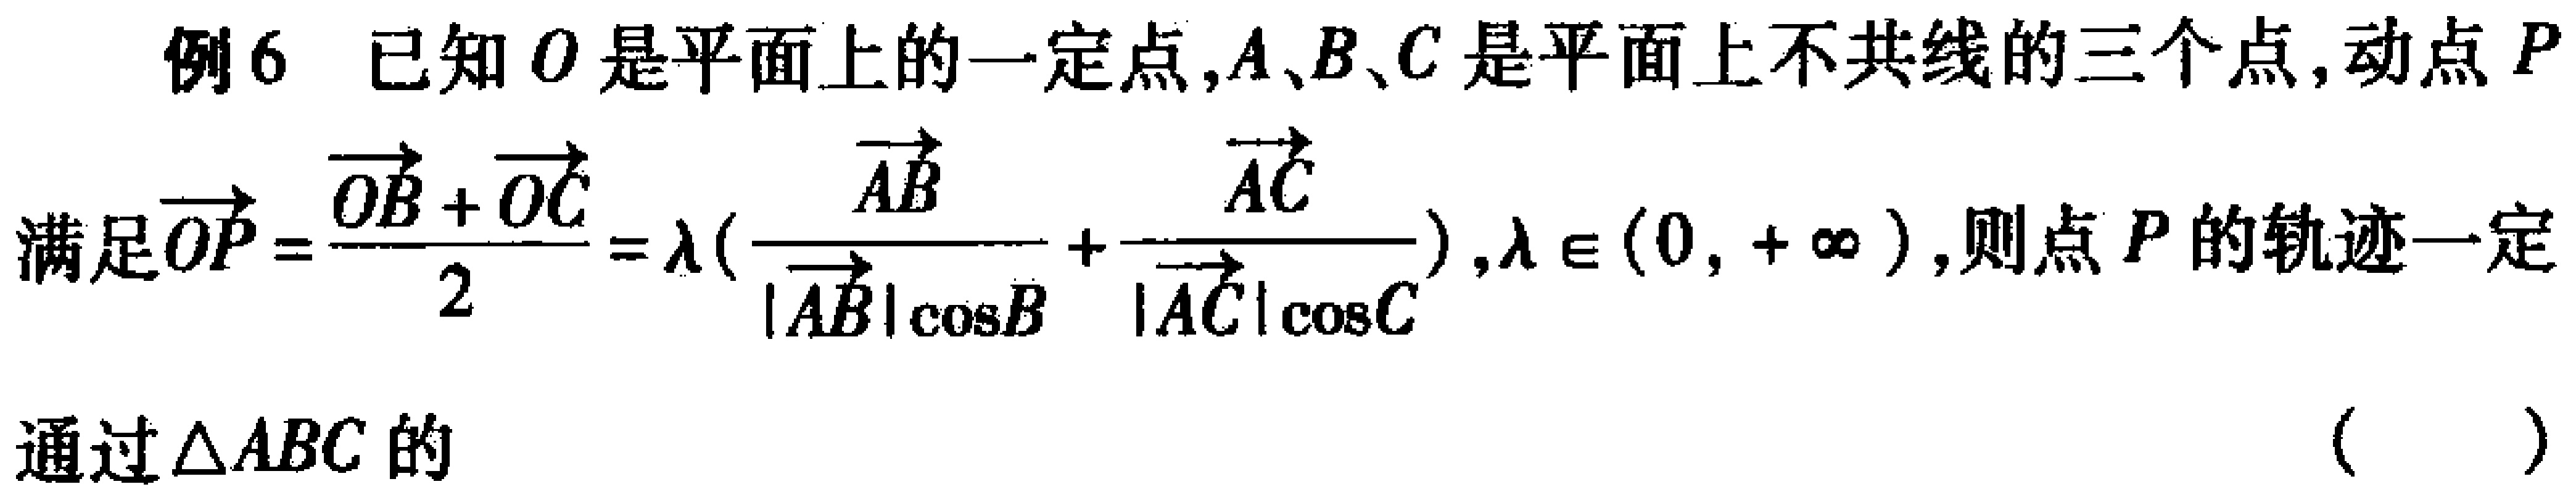
例6 已知\(O\)是平面上的一定点,\(A、B、C\)是平面上不共线的三个点,动点\(P\)
满足\(\overrightarrow{OP}=\frac{\overrightarrow{OB}+\overrightarrow{OC}}{2} +\lambda(\frac{\overrightarrow{AB}}{|\overrightarrow{AB}|\cos B}+\frac{\overrightarrow{AC}}{|\overrightarrow{AC}|\cos C})\) ,\(\lambda\in(0,+\infty)\),则点\(P\)的轨迹一定
通过\(\triangle ABC\)的 （  ）